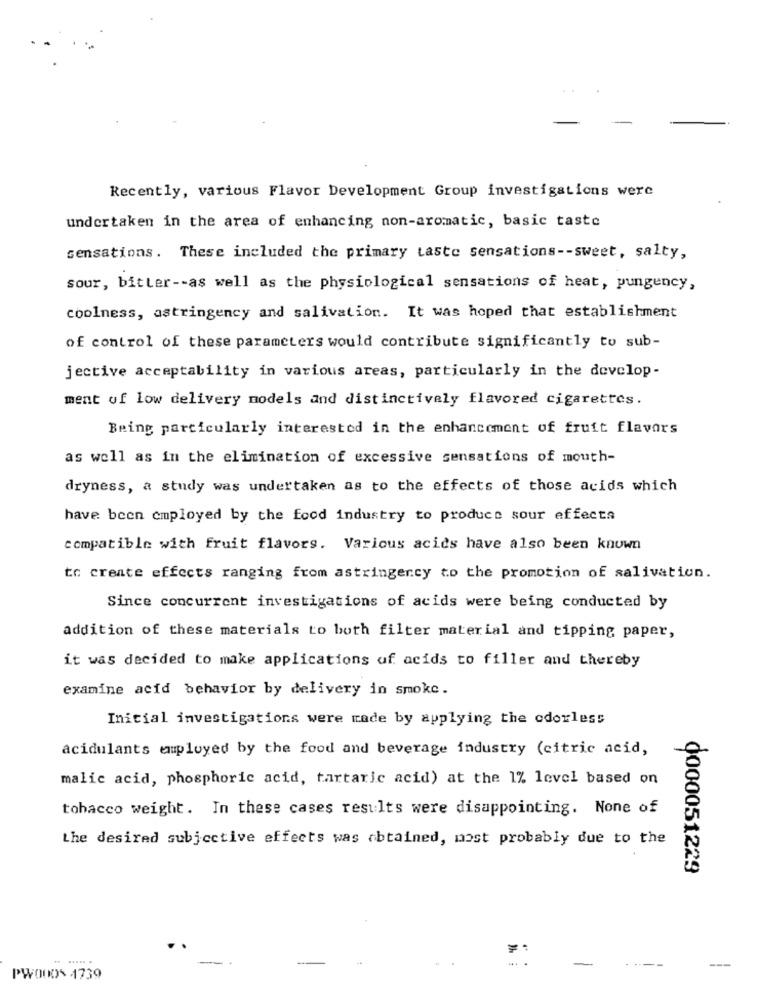
Recently, various Flavor Development Group investigations were
undertaken in the area of enhancing non-aromatic, basic taste
sensations. These included the primary taste sensations -- sweet, salty,
sour, bitter -- as well as the physiological sensations of heat, pungency,
coolness, astringency and salivation. It was hoped that establishment
of control of these parameters would contribute significantly to sub-
jective acceptability in various areas, particularly in the develop-
ment of low delivery models and distinctively flavored cigarettes.
Being particularly interested in the enhancement of fruit flavors
as well as in the elimination of excessive sensations of mouth-
dryness, a study was undertaken as to the effects of those acids which
have been employed by the food industry to produce sour effects
compatible with fruit flavors. Various acids have also been known
to create effects ranging from astringency to the promotion of salivation.
Since concurrent investigations of acids were being conducted by
addition of these materials to both filter material and tipping paper,
it was decided to make applications of acids to filler and thereby
examine acid behavior by delivery in smoke.
Inicial investigations were made by applying the odorless
acidulants employed by the food and beverage industry (citric acid,
malic acid, phosphoric acid, tartaric acid) at the 1% level based on
tobacco weight. In these cases results were disappointing. None of
the desired subjective effects was obtained, most probably due to the
0000051229
PWOODS 1739